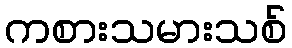
ကစားသမားသစ်